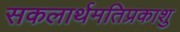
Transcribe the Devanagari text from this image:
सकलार्थमतिप्रकाशु